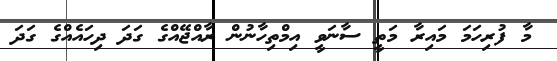
މާ ފުރިހަމަ މައިރާ މަތީ ސާނަވީ އިމްތިހާނުން ރާއްޖޭއްގެ ގަދަ ދިހައެއްގެ ގަދަ